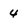
Character: 4